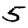
Digit: 5